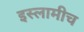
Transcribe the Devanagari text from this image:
इस्लामीच